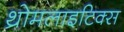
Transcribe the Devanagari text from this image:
थ्रोमलाइटिक्स